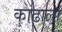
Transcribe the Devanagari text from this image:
काढाला